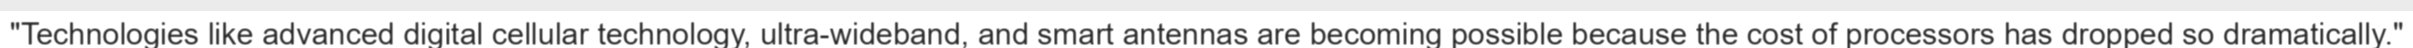
"Technologies like advanced digital cellular technology, ultra-wideband, and smart antennas are becoming possible because the cost of processors has dropped so dramatically."